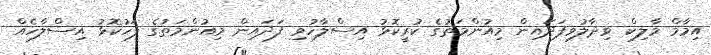
އިމާމް މާލިކް ވިދާލުވިފަދައިން މިއުންމަތުގެ ކުރީކޮޅު އިސްލާހުވި ފަދައިން މިއުންމަތުގެ ފަހުކޮޅު އިސްލާހެއް